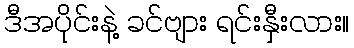
ဒီအပိုင်းနဲ့ ခင်ဗျား ရင်းနှီးလား။